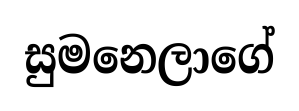
සුමනෙලාගේ